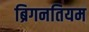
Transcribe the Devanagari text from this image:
ब्रिगनतियम